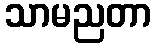
သာမညတာ